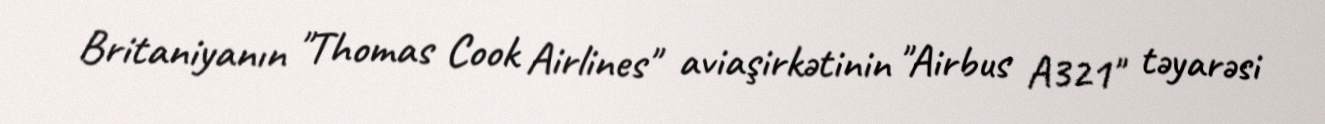
Britaniyanın "Thomas Cook Airlines" aviaşirkətinin "Airbus A321" təyarəsi